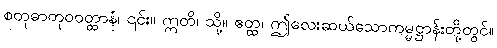
စတုဓာတုဝဝတ္ထာနံ၊ ၎င်း။ ဣတိ၊ သို့။ ဧတ္ထ၊ ဤလေးဆယ်သောကမ္မဋ္ဌာန်းတို့တွင်။